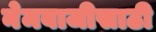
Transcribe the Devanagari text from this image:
नेमबाजीसाठी